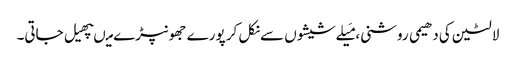
لالٹین کی دھیمی روشنی، مَیلےشیشوں سےنکل کر پورے جھونپڑے میںپھیل جاتی۔